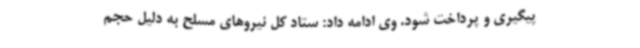
پیگیری و پرداخت شود. وی ادامه داد: ستاد کل نیروهای مسلح به دلیل حجم